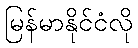
မြန်မာနိုင်ငံလို